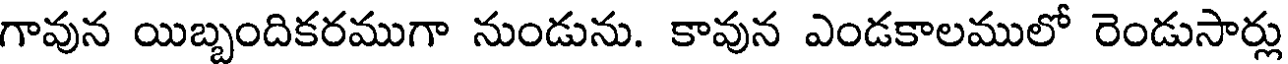
గావున యిబ్బందికరముగా నుండును. కావున ఎండకాలములో రెండుసార్లు